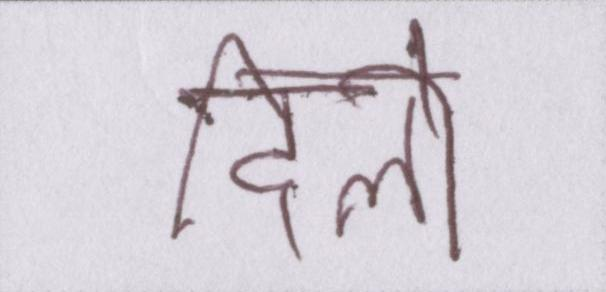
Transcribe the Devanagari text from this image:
दिलो